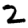
Digit: 2